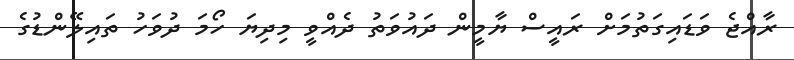
ރާއްޖެ ވަޑައިގަތުމަށް ރައީސް ޔާމީން ދައުވަތު ދެއްވީ މިދިޔަ ހޯމަ ދުވަހު ތައިލޭންޑުގެ